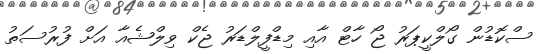
ސްކޮޑުން ގޯލްކީޕަރު ޖޯ ހާޓް އާއި މިޑްފީލްޑަރު ޖެކް ވިލްޝެއާ އަށް ފުރުސަތު